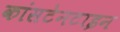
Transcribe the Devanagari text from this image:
कांसटेनटाइन